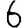
Digit: 6